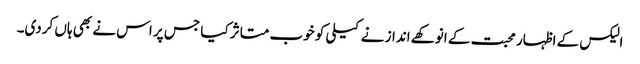
الیکس کے اظہار محبت کے انوکھے انداز نے کیلی کو خوب متاثر کیا جس پر اس نے بھی ہاں کردی۔